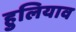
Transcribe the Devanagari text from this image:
हुलियाव